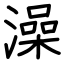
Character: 澡